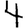
Digit: 4